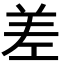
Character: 差